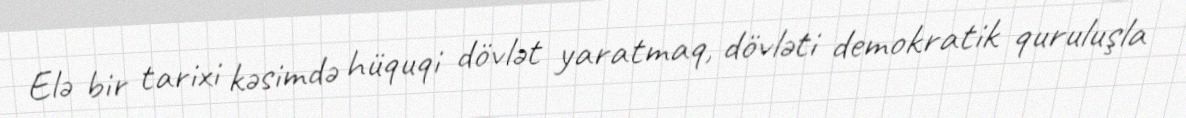
Elə bir tarixi kəsimdə hüquqi dövlət yaratmaq, dövləti demokratik quruluşla